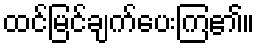
ထင်မြင်ချက်ပေးကြ၏။